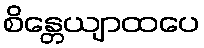
စိန္တေယျာထပေ